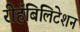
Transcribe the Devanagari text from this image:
रीहॅबिलिटेशन